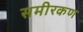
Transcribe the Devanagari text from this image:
समीरकण